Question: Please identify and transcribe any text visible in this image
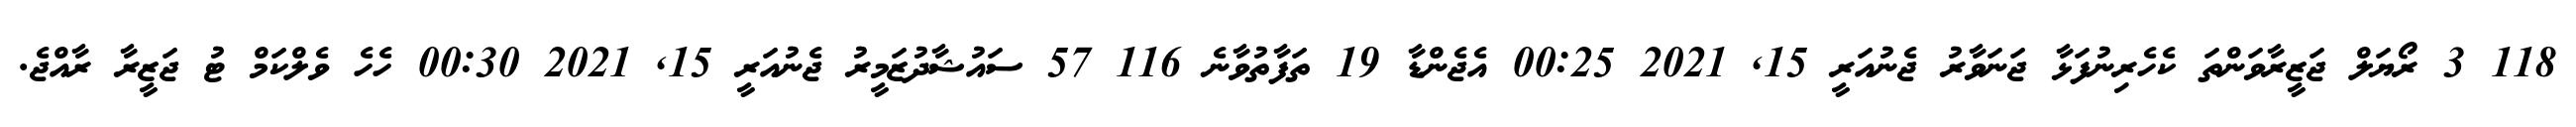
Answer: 118 3 ރޯޔަލް ޖަޒީރާވަންތަ ކެހެރިނުފަޅާ ޖަނަވާރު ޖެނުއަރީ 15, 2021 00:25 އެޖެންޑާ 19 ތަފާތުވާނެ 116 57 ސައުޝާދުޒަމީރު ޖެނުއަރީ 15, 2021 00:30 ހެހެ ވެލްކަމް ޓު ޖަޒީރާ ރާއްޖެ.